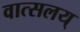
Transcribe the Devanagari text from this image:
वात्सलय्